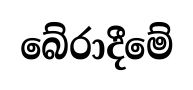
බේරාදීමේ